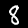
Label: 8